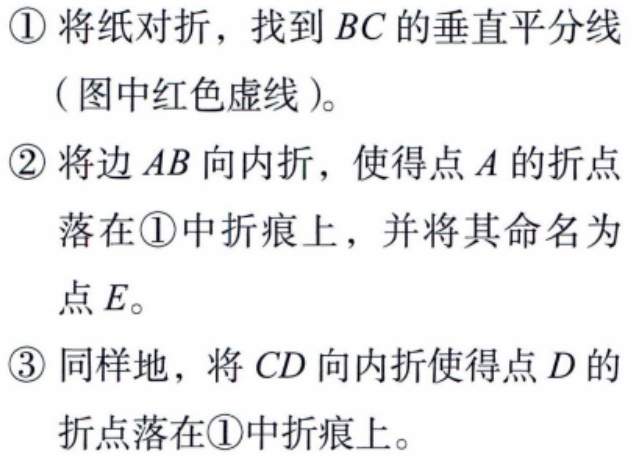
\begin{enumerate}

\item 将纸对折，找到 \(BC\) 的垂直平分线（图中红色虚线）。

\item 将边 \(AB\) 向内折，使得点 \(A\) 的折点落在\(\textcircled{1}\)中折痕上，并将其命名为点 \(E\)。

\item 同样地，将 \(CD\) 向内折使得点 \(D\) 的折点落在\(\textcircled{1}\)中折痕上。

\end{enumerate}